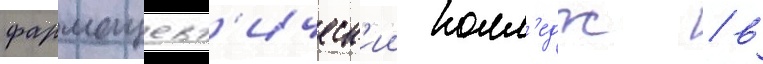
фармацевт'ическ'ии колл'едж / в